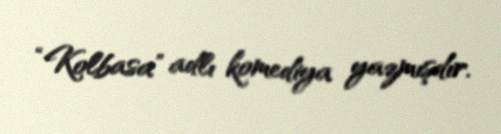
“Kolbasa” adlı komediya yazmışdır.